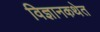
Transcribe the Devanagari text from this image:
विज्ञानकथेत